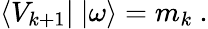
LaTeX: \langle V_{k+1}|\ |\omega\rangle=m_{k}\ .